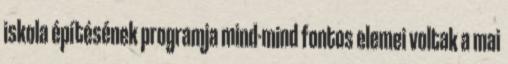
iskola építésének programja mind-mind fontos elemei voltak a mai